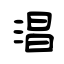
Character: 淐